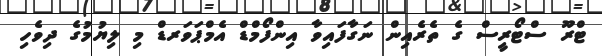
ޓްރޫ ސްޓޯރީސް ގެ ތެރެއިން ނަގާފައިވާ އިންފޯމްޑް އެމްޕަވަރޑް މި ލިޔުމުގެ ދިވެހި